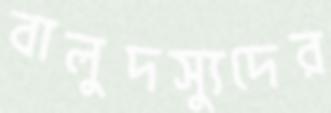
বালুদস্যুদের